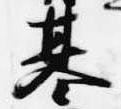
基